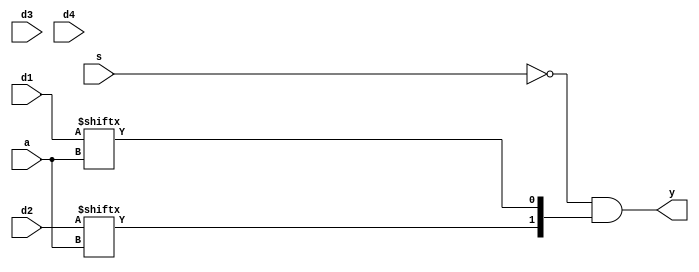
module ic74hc153(
    input [1:0] d1,d2,d3,d4,
    input a,s,
    output [1:0] y
);
    wire [1:0] m;
    assign m ={d2[a],d1[a]};

    assign  y=(~s)&m;
endmodule
//41
//a
//s
//